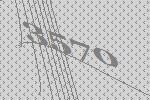
3570